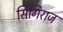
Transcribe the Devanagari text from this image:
सिंगिराज